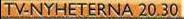
TV-NYHETERNA 20.30